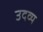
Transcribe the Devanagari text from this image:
उदव्य